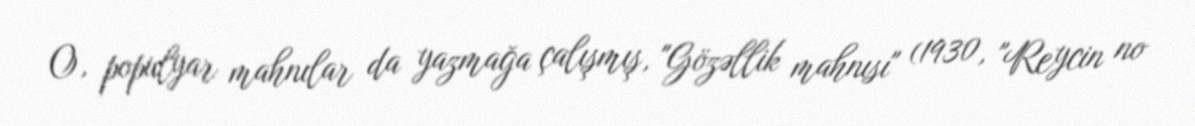
O, populyar mahnılar da yazmağa çalışmış, "Gözəllik mahnısı" (1930, "Reycin no